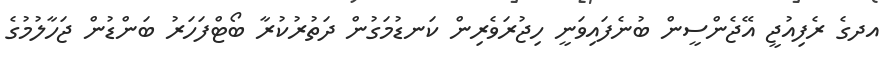
އދގެ ރެފިއުޖީ އޭޖެންސީން ބުނެފައިވަނީ ހިޖުރަވެރިން ކަނޑުމަގުން ދަތުރުކުރާ ބޯޓްފަހަރު ބަންޑުން ޖަހާލުމުގެ